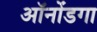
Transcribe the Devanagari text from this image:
ऑनोंडगा